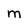
Character: M